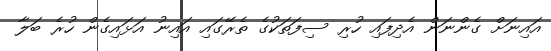
އައިނަށް ގެންނަން އެދިފައިި ހުރި ސިފަތަކުގެ ތެރޭގައި އައިނު އަޅައިގެން ހުރެ ބަލާ